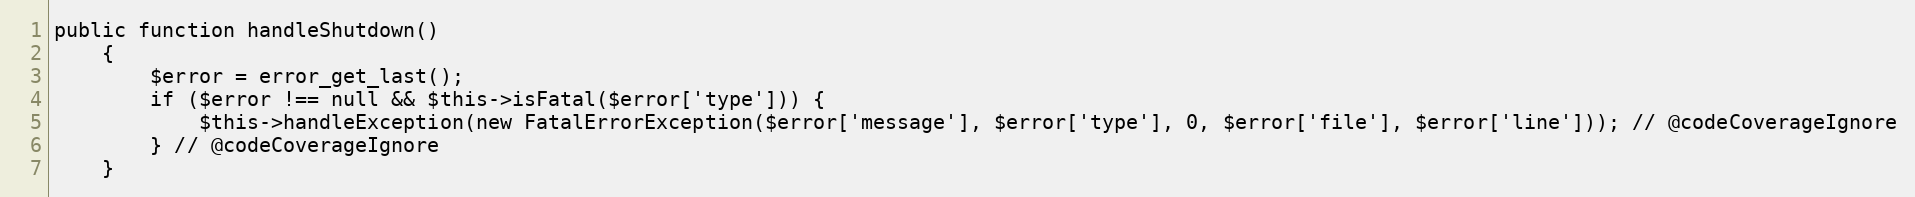
Language: PHP
public function handleShutdown()
    {
        $error = error_get_last();
        if ($error !== null && $this->isFatal($error['type'])) {
            $this->handleException(new FatalErrorException($error['message'], $error['type'], 0, $error['file'], $error['line'])); // @codeCoverageIgnore
        } // @codeCoverageIgnore
    }